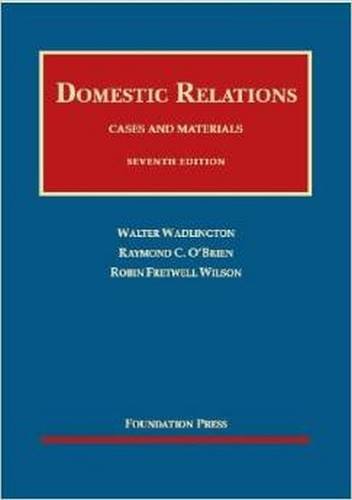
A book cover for Cases and Materials on Domestic Relations (University Casebook Series); Walter Wadlington; Law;